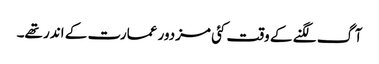
آگ لگنے کے وقت کئی مزدور عمارت کے اندر تھے۔